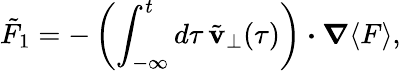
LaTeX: \tilde{F}_{1}=-\left(\int_{-\infty}^{t}d\tau\, \tilde{{\mathbf v}}_{\perp}(\tau)\right)\boldsymbol{\cdot}\boldsymbol{\nabla}\langle F\rangle,